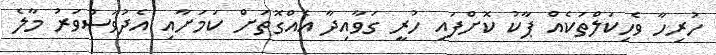
ހުރިހާ ވެހިކަލްތަކެއް ޕާކު ކޮށްފައި ހުރީ ގަވާއިދާ އެއްގޮތަށް ކަމަށާއި އެދުވަސްވަރު މާލެ